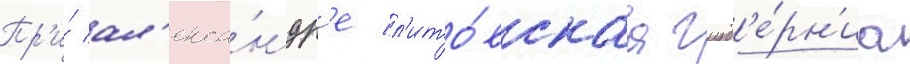
Пр'и́ ал'екса́ндр'е л'ито́вскаа губ'е́рн'иа